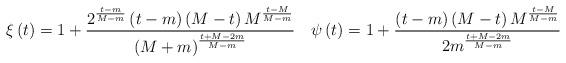
LaTeX: \begin{align*}\xi \left( t \right)=1+\frac{{{2}^{\frac{t-m}{M-m}}}\left( t-m \right)\left( M-t \right){{M}^{\frac{t-M}{M-m}}}}{{{\left( M+m \right)}^{\frac{t+M-2m}{M-m}}}}\quad\psi\left( t \right)=1+\frac{\left( t-m \right)\left( M-t \right){{M}^{\frac{t-M}{M-m}}}}{2{{m}^{\frac{t+M-2m}{M-m}}}}\end{align*}